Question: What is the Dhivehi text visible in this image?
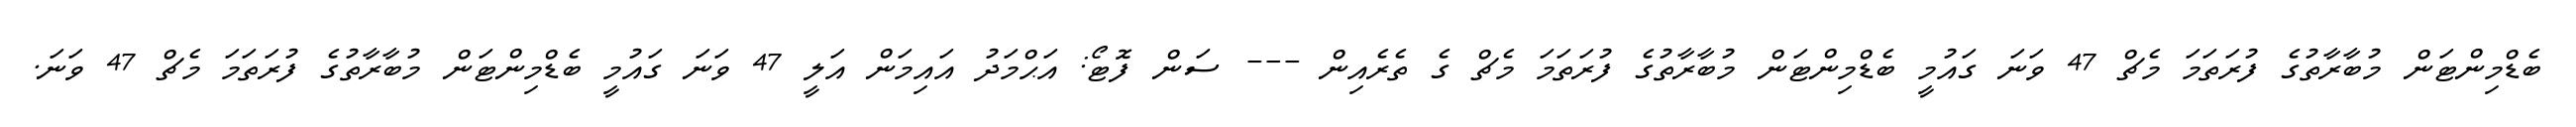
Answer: ބެޑްމިންޓަން މުބާރާތުގެ ފުރަތަމަ މެޗް 47 ވަނަ ގައުމީ ބެޑްމިންޓަން މުބާރާތުގެ ފުރަތަމަ މެޗް ގެ ތެރެއިން --- ސަން ފޮޓޯ: އަޙްމަދު އައިމަން އަލީ 47 ވަނަ ގައުމީ ބެޑްމިންޓަން މުބާރާތުގެ ފުރަތަމަ މެޗް 47 ވަނަ.